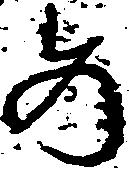
め